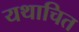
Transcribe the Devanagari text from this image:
यथाचित